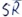
Text: SR